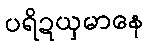
ပရိဍယှမာနေ